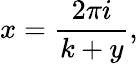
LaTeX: x={\frac{2\pi i}{k+y}},